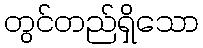
တွင်တည်ရှိသော